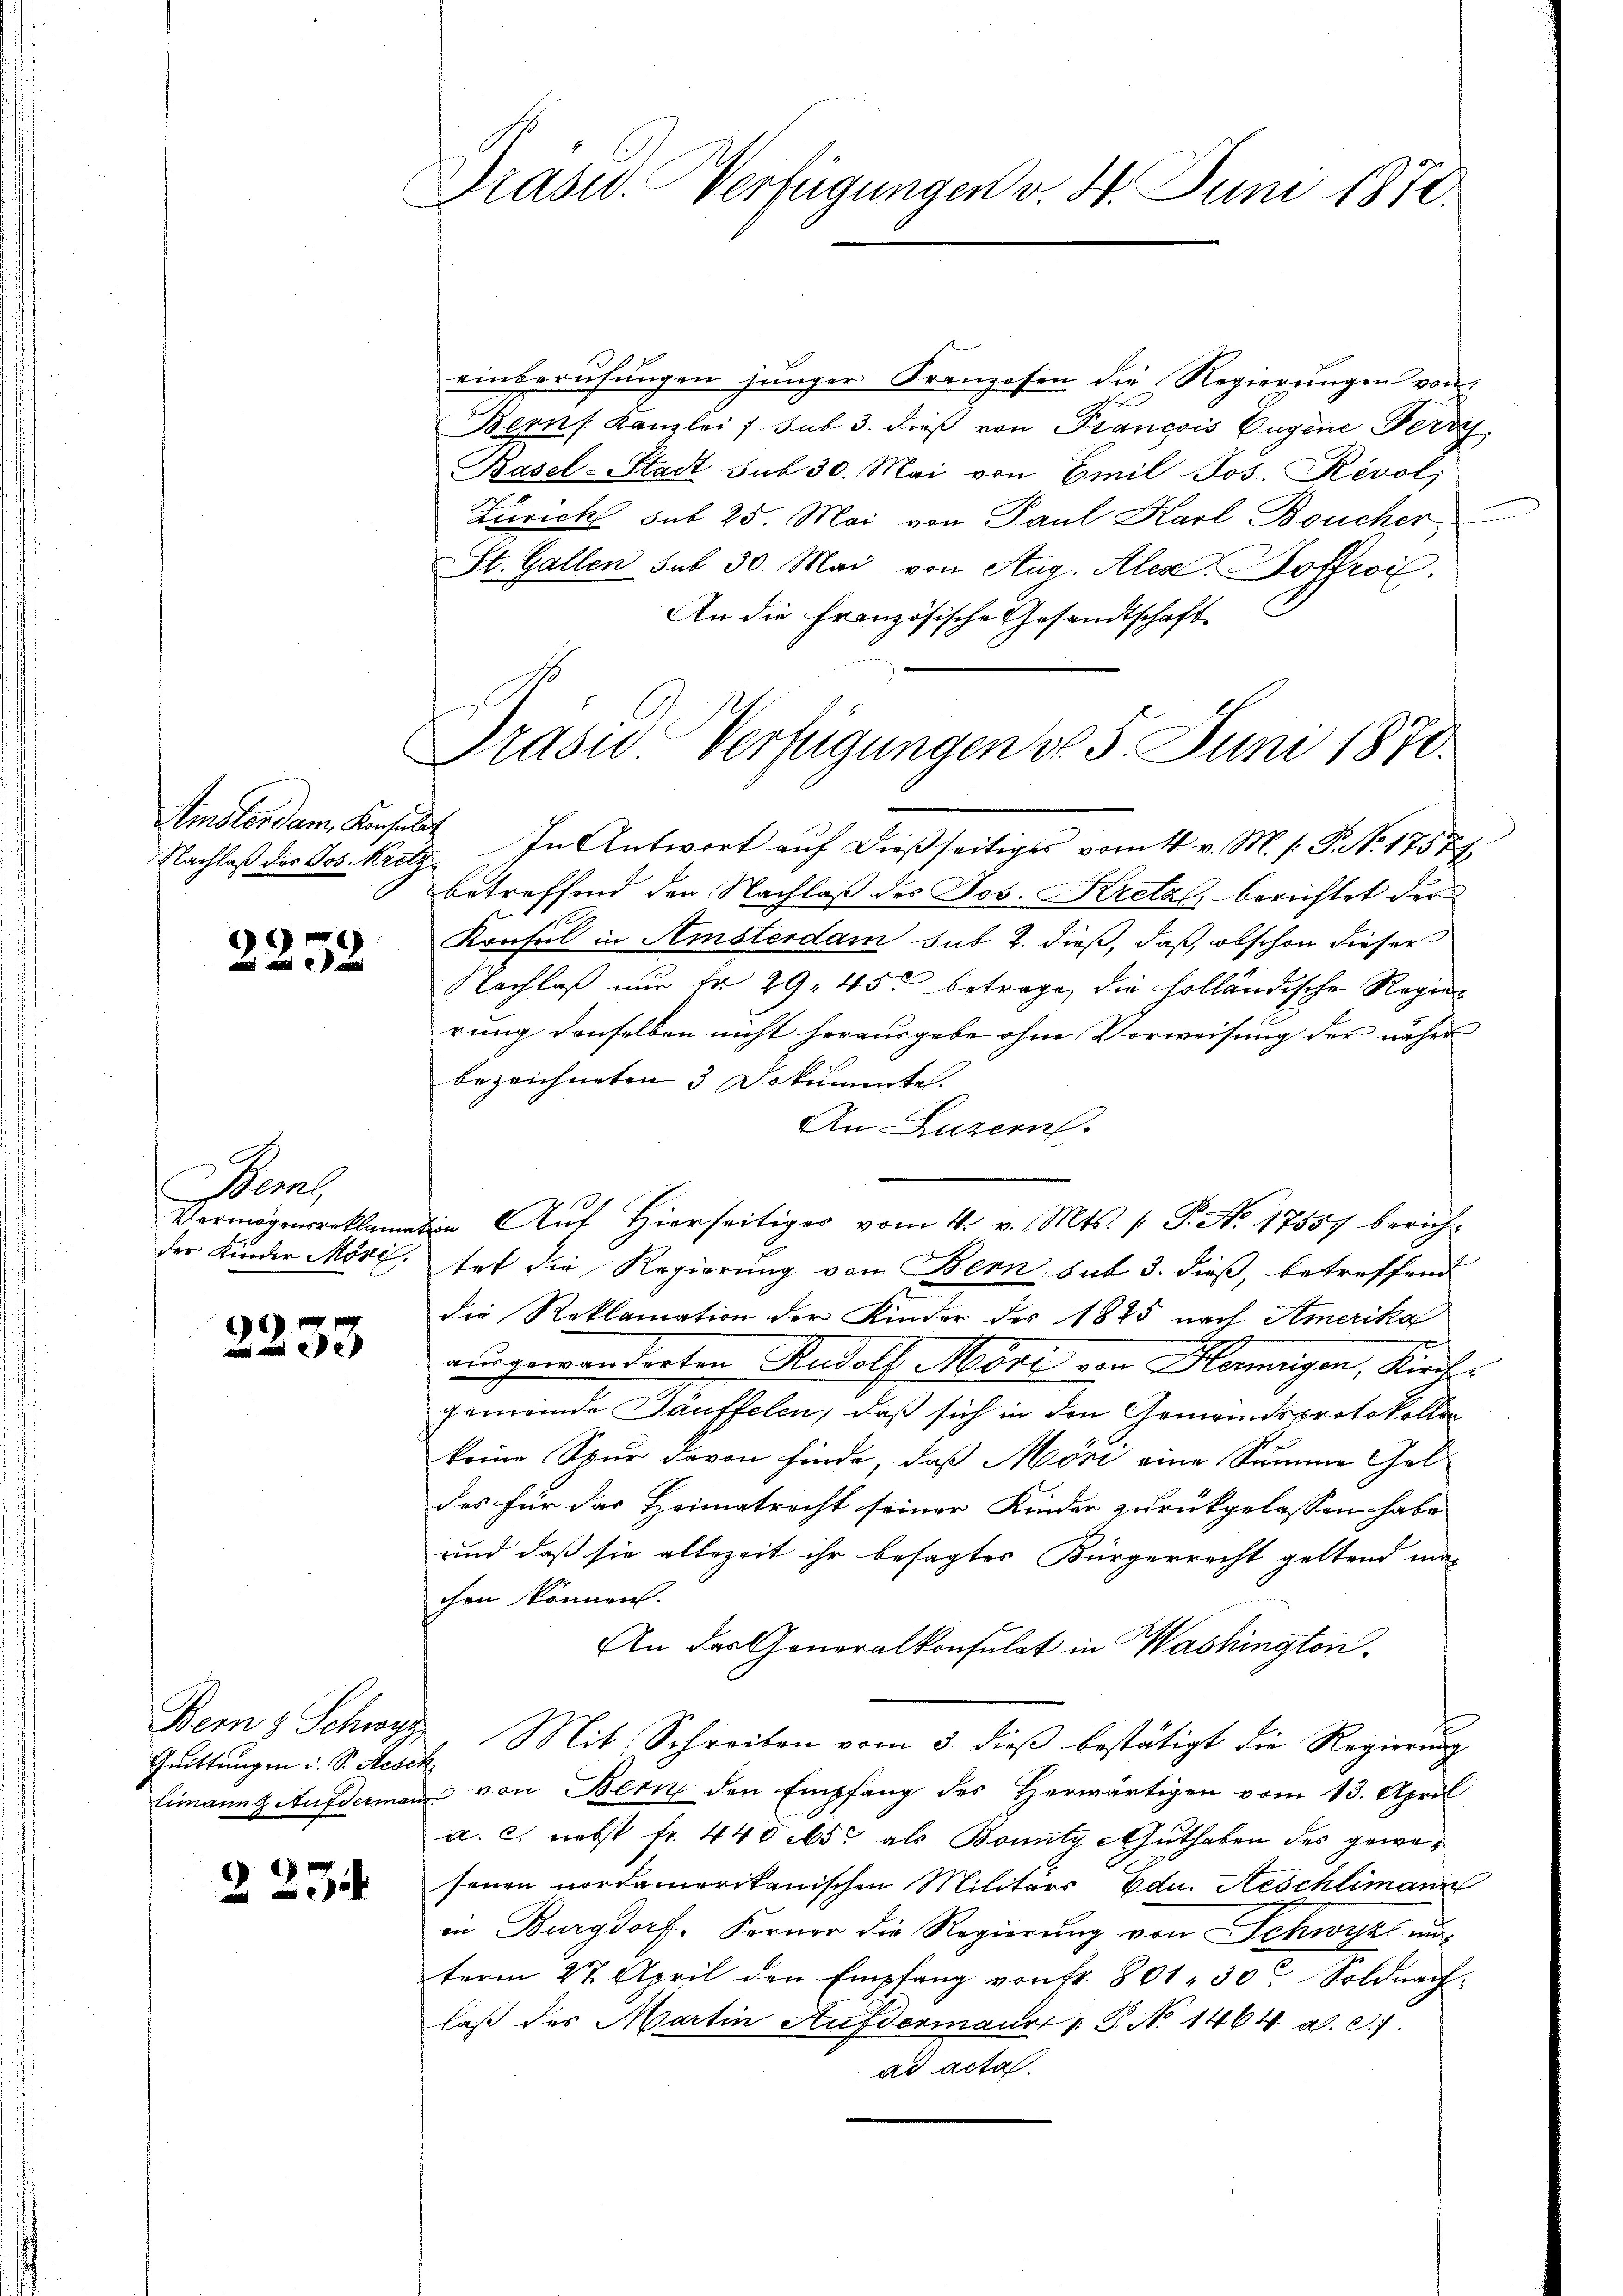
Nachlaß des Jos. Kritz

2252

Beme
Vermögensreklamir
der Kinder Möris.

2233

Quittungen u. S. Resch

2234

Präsid. Verfügungen v. 4. Juni 1871.

Präsid Verfügungen d. 5. Juni 1871.

einberufungen junger Franzosen die Regierungen von
Bern Kanzlei 7 sub 3. dieß von Francois Eugene Perry,
Kasel-Stadt sub 30. Mai von Emil Jos. Revol
Zürich sub 25. Mai von Paul Karl Boucher,
St. Gallen sub 30. Mai von Aug. Alex. Boffroi.
An die Französische Gesandtschaft
Amsterdam Konsulat In Antwort aŭf dießseitiges vom 4. v. M. s. S. N. 17574
betreffend den Nachlaß des Jos. Kretal, berichtet der
Konsul in Amsterdam sub 2. dieß, daß, obschon dieser
Nachlaß nur Fr. 29. 45 betrage, die holländische Regierung denselben nicht herausgebe ohne Vorweisung der näher
bezeichneten 3 Dokumente.
An Luzern.
tin Auf Hierseitiger vom 4. v. Mts. 1. P. Nr. 17557 berichtet die Regierung von Bern sub 3. dieß, betreffend
die Reklamation der Kinder des 1845 nach Amerika
ausgewanderten Rudolf Mort von Hornigen, Kirchgemeinde Täuffelen, daß sich in den Gemeindsprotokolle
keine Spur davon finde, daß Möri eine Summe Gel
des für das Heimatracht seiner Kinder zurückgelassen habe
und daß sie allezeit ihr besagtes Bürgerrecht geltend mit
chen können.
An das Generalkonsulat in Washington.
Bern & Schwyz, Mit Schreiben vom 3. dieβ bestätigt die Regierŭng
limanns Aufdermann von Bern den Empfang des Herwärtigen vom 13. April
a. c. nebst fr. 440 15 als Bounty-Guthaben des gewesenen nordamerikanischen Militärs Edu. Aeschlimann
in Burgdorf. Ferner die Regierung von Schwyz unterm 27. April den Empfang von fr. 801. 30. Soldnach
laß des Martin Aufdermaur 1. P. No 1464 a. c. 7.
ad acta.